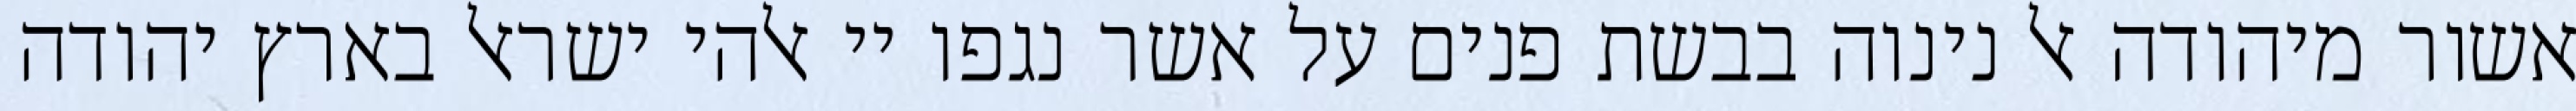
אשור מיהודה אל נינוה בבשת פנים על אשר נגפו יי אלהי ישראל בארץ יהודה